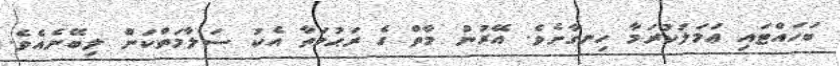
ބަހައްޓައި ޢަމަލުކުރަމާ ހިނގާށެވެ. އޭރުން މާތް ގެ ރަޙުމަތާ އެކު ސަލާމަތްކަން ލިބޭނެއެވެ.